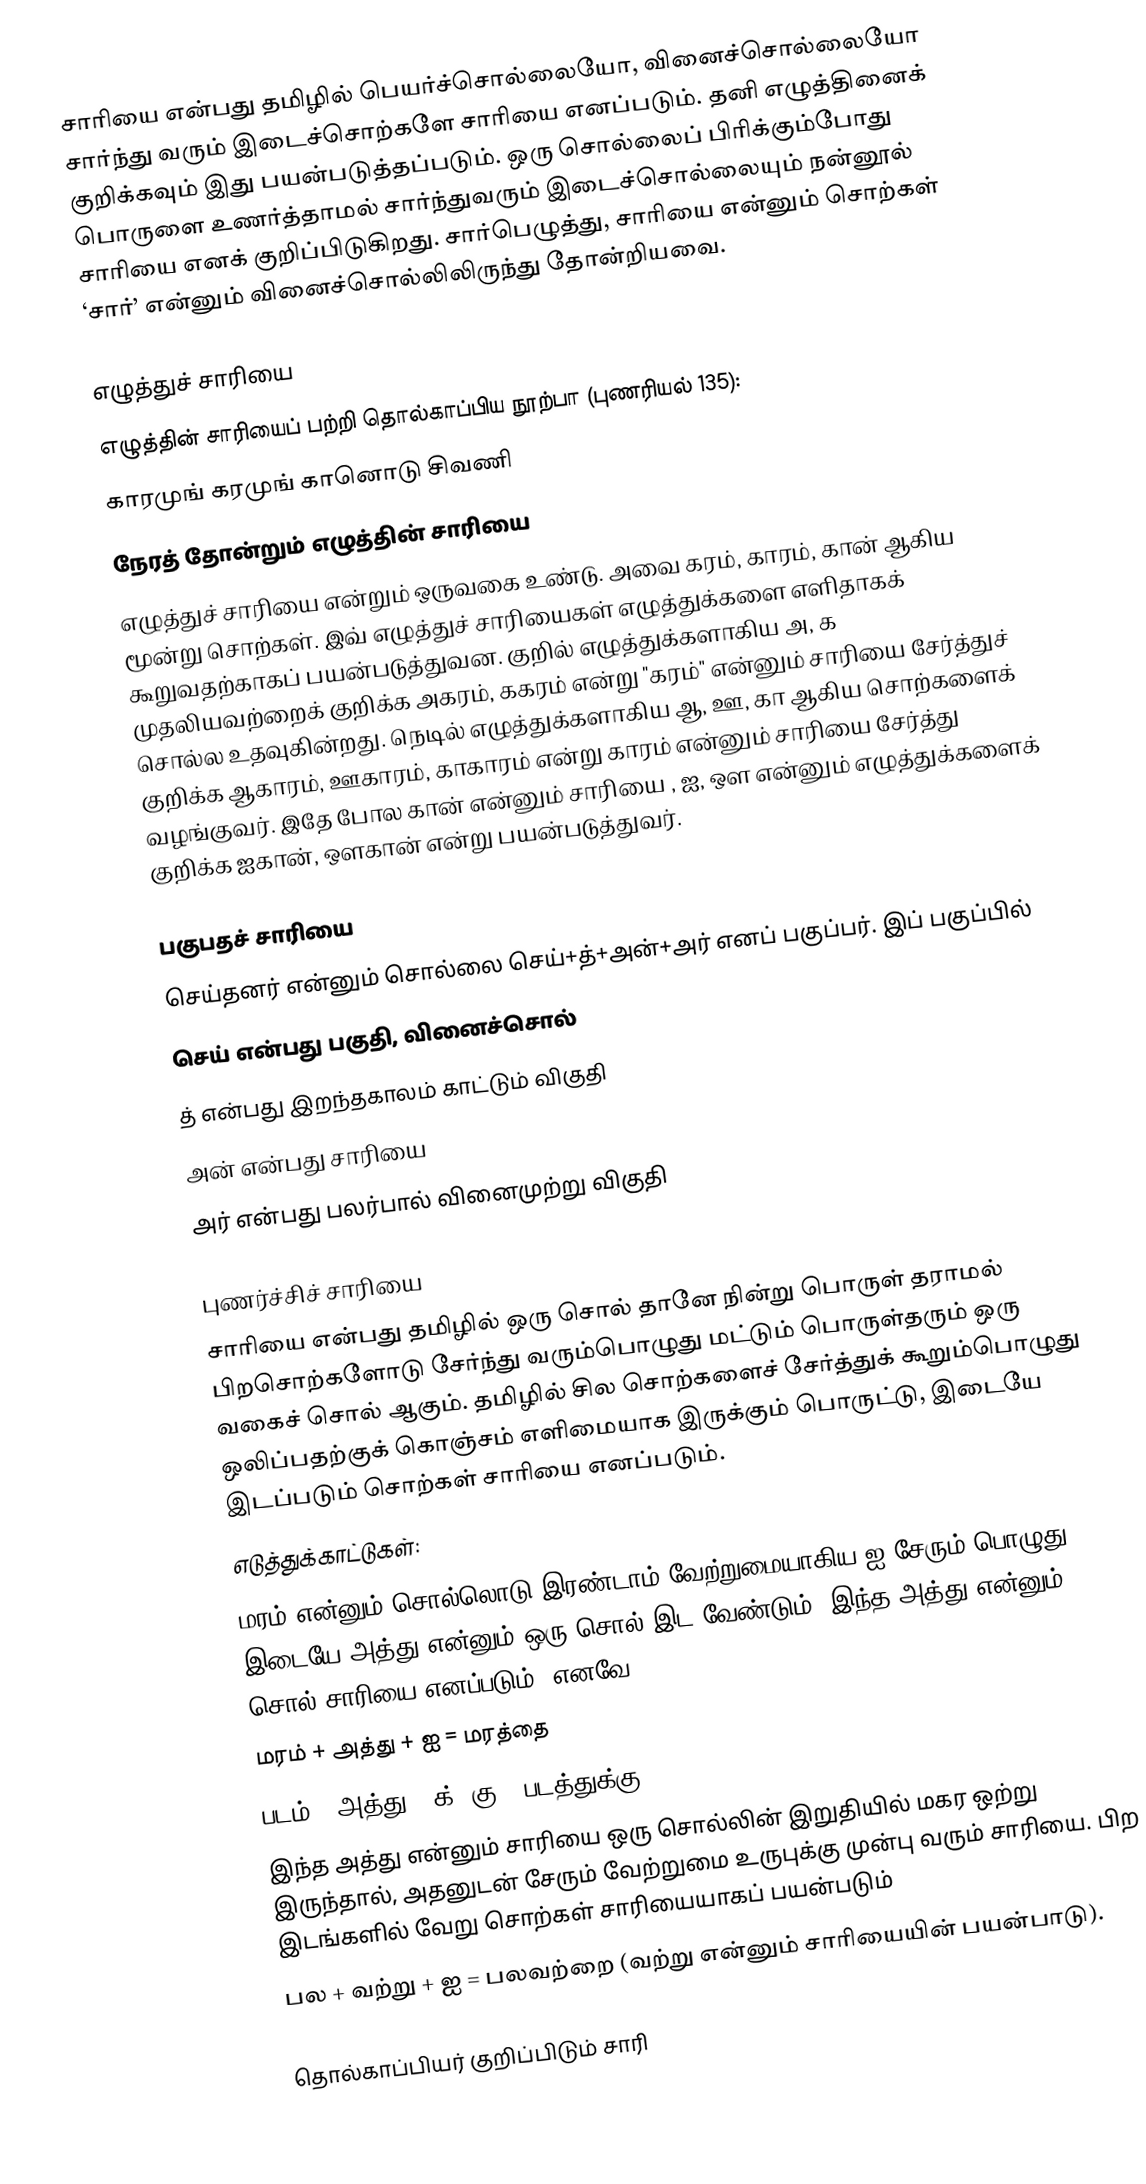
சாரியை என்பது தமிழில் பெயர்ச்சொல்லையோ, வினைச்சொல்லையோ சார்ந்து வரும் இடைச்சொற்களே  சாரியை எனப்படும்.  தனி எழுத்தினைக் குறிக்கவும் இது பயன்படுத்தப்படும். ஒரு சொல்லைப் பிரிக்கும்போது பொருளை உணர்த்தாமல் சார்ந்துவரும் இடைச்சொல்லையும் நன்னூல் சாரியை எனக் குறிப்பிடுகிறது. சார்பெழுத்து, சாரியை என்னும் சொற்கள் ‘சார்’ என்னும் வினைச்சொல்லிலிருந்து தோன்றியவை.

எழுத்துச் சாரியை
எழுத்தின் சாரியைப் பற்றி தொல்காப்பிய நூற்பா (புணரியல் 135):
காரமுங் கரமுங் கானொடு சிவணி
நேரத் தோன்றும் எழுத்தின் சாரியை
எழுத்துச் சாரியை என்றும் ஒருவகை உண்டு. அவை கரம், காரம், கான் ஆகிய மூன்று சொற்கள். இவ் எழுத்துச் சாரியைகள் எழுத்துக்களை எளிதாகக் கூறுவதற்காகப் பயன்படுத்துவன. குறில் எழுத்துக்களாகிய அ, க முதலியவற்றைக் குறிக்க அகரம், ககரம் என்று "கரம்" என்னும் சாரியை சேர்த்துச் சொல்ல உதவுகின்றது. நெடில் எழுத்துக்களாகிய ஆ, ஊ, கா ஆகிய சொற்களைக் குறிக்க ஆகாரம், ஊகாரம், காகாரம் என்று காரம் என்னும் சாரியை சேர்த்து வழங்குவர். இதே போல கான் என்னும் சாரியை , ஐ, ஔ என்னும் எழுத்துக்களைக் குறிக்க ஐகான், ஔகான் என்று பயன்படுத்துவர்.

பகுபதச் சாரியை
 செய்தனர் என்னும் சொல்லை செய்+த்+அன்+அர் எனப் பகுப்பர். இப் பகுப்பில்
செய் என்பது பகுதி, வினைச்சொல்
த் என்பது இறந்தகாலம் காட்டும் விகுதி
அன் என்பது சாரியை
அர் என்பது பலர்பால் வினைமுற்று விகுதி

புணர்ச்சிச் சாரியை
சாரியை என்பது தமிழில் ஒரு சொல் தானே நின்று பொருள் தராமல் பிறசொற்களோடு சேர்ந்து வரும்பொழுது மட்டும் பொருள்தரும் ஒரு வகைச் சொல் ஆகும். தமிழில் சில சொற்களைச் சேர்த்துக் கூறும்பொழுது ஒலிப்பதற்குக் கொஞ்சம் எளிமையாக இருக்கும் பொருட்டு, இடையே இடப்படும் சொற்கள் சாரியை எனப்படும்.
எடுத்துக்காட்டுகள்:
மரம் என்னும் சொல்லொடு  இரண்டாம் வேற்றுமையாகிய ஐ  சேரும் பொழுது இடையே அத்து என்னும் ஒரு சொல் இட வேண்டும். இந்த அத்து என்னும் சொல் சாரியை எனப்படும். எனவே
மரம் + அத்து + ஐ = மரத்தை
படம் + அத்து + க்+ கு = படத்துக்கு.
இந்த அத்து என்னும் சாரியை ஒரு சொல்லின் இறுதியில் மகர ஒற்று இருந்தால், அதனுடன் சேரும் வேற்றுமை உருபுக்கு முன்பு வரும் சாரியை. பிற இடங்களில் வேறு சொற்கள் சாரியையாகப் பயன்படும்
பல + வற்று + ஐ = பலவற்றை (வற்று என்னும் சாரியையின் பயன்பாடு).

தொல்காப்பியர் குறிப்பிடும் சாரி